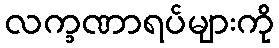
လက္ခဏာရပ်များကို